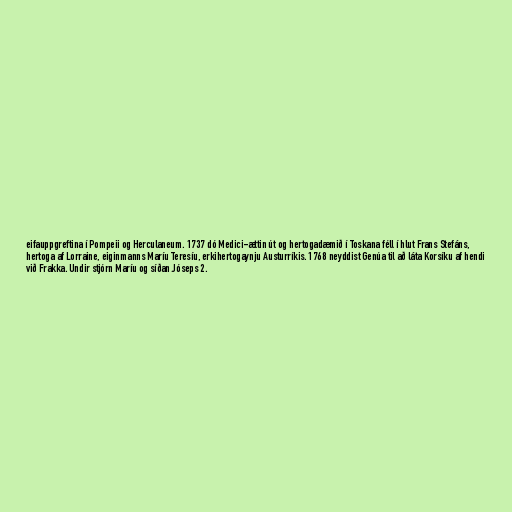
eifauppgreftina í Pompeii og Herculaneum. 1737 dó Medici-ættin út og hertogadæmið í Toskana féll í hlut Frans Stefáns,
hertoga af Lorraine, eiginmanns Maríu Teresíu, erkihertogaynju Austurríkis. 1768 neyddist Genúa til að láta Korsíku af hendi
við Frakka. Undir stjórn Maríu og síðan Jóseps 2.